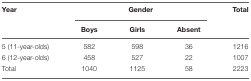
| Year | <COLSPAN=3> Gender | Total |
 |  | Boys | Girls | Absent |  |
 | --- | --- | --- | --- | --- |
 | 5 (11-year-olds) | 582 | 598 | 36 | 1216 |
 | 6 (12-year-olds) | 458 | 527 | 22 | 1007 |
 | Total | 1040 | 1125 | 58 | 2223 |